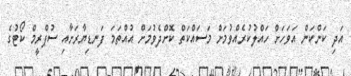
އަދި ކަންކަން އަވަހަށް ހައްލުކުރެއްވުމަށް މަސައްކަތް ކޮށްދެވުމަށް އުއްތަމަ ފަނޑިޔާރަށާއި ސުޕްރީމް ކޯޓުގެ